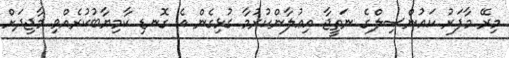
މިރޭ މާފަރު ކައުންސިލްގެ ނަތީޖާ އިޢުލާންކުރުމާ ގުޅިގެން އެ ގޮނޑި ކާމިޔާބުކުރެއްވި މާޖިދަށް